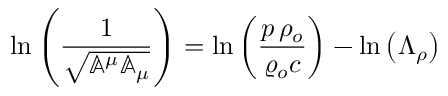
\ln { \left( \frac { 1 } { \sqrt { \mathbb { A } ^ { \mu } \mathbb { A } _ { \mu } } } \right) } = \ln { \left( \frac { p \, \rho _ { o } } { \varrho _ { o } c } \right) } - \ln { \left( \Lambda _ { \rho } \right) }